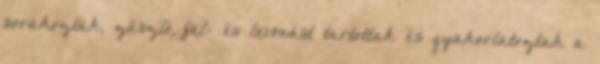
sorakoztak, zászló fel- és levonást tartottak és gyakorlatoztak a